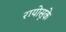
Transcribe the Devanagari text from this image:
रायोसुके